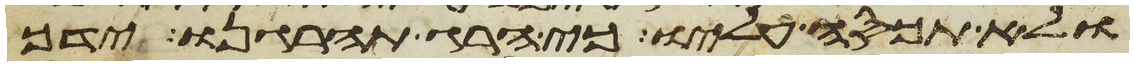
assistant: ולא תכסה עליו כי הרג תהרגנו ידך